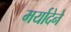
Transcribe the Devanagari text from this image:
मर्यादेने